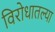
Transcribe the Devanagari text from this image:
विरोधातल्या